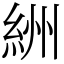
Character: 絒